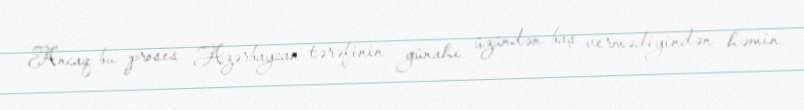
Ancaq bu proses Azərbaycan tərəfinin günahı üzündən baş vermədiyindən həmin